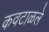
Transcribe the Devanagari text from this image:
कवटाळले